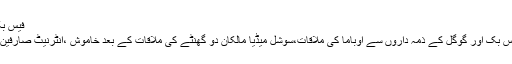
فیس بک
فیس بک اور گوگل کے ذمہ داروں سے اوباما کی ملاقات،سوشل میڈیا مالکان دو گھنٹے کی ملاقات کے بعد خاموش ،انٹرنیٹ صارفین ..